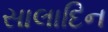
સાલાદિન